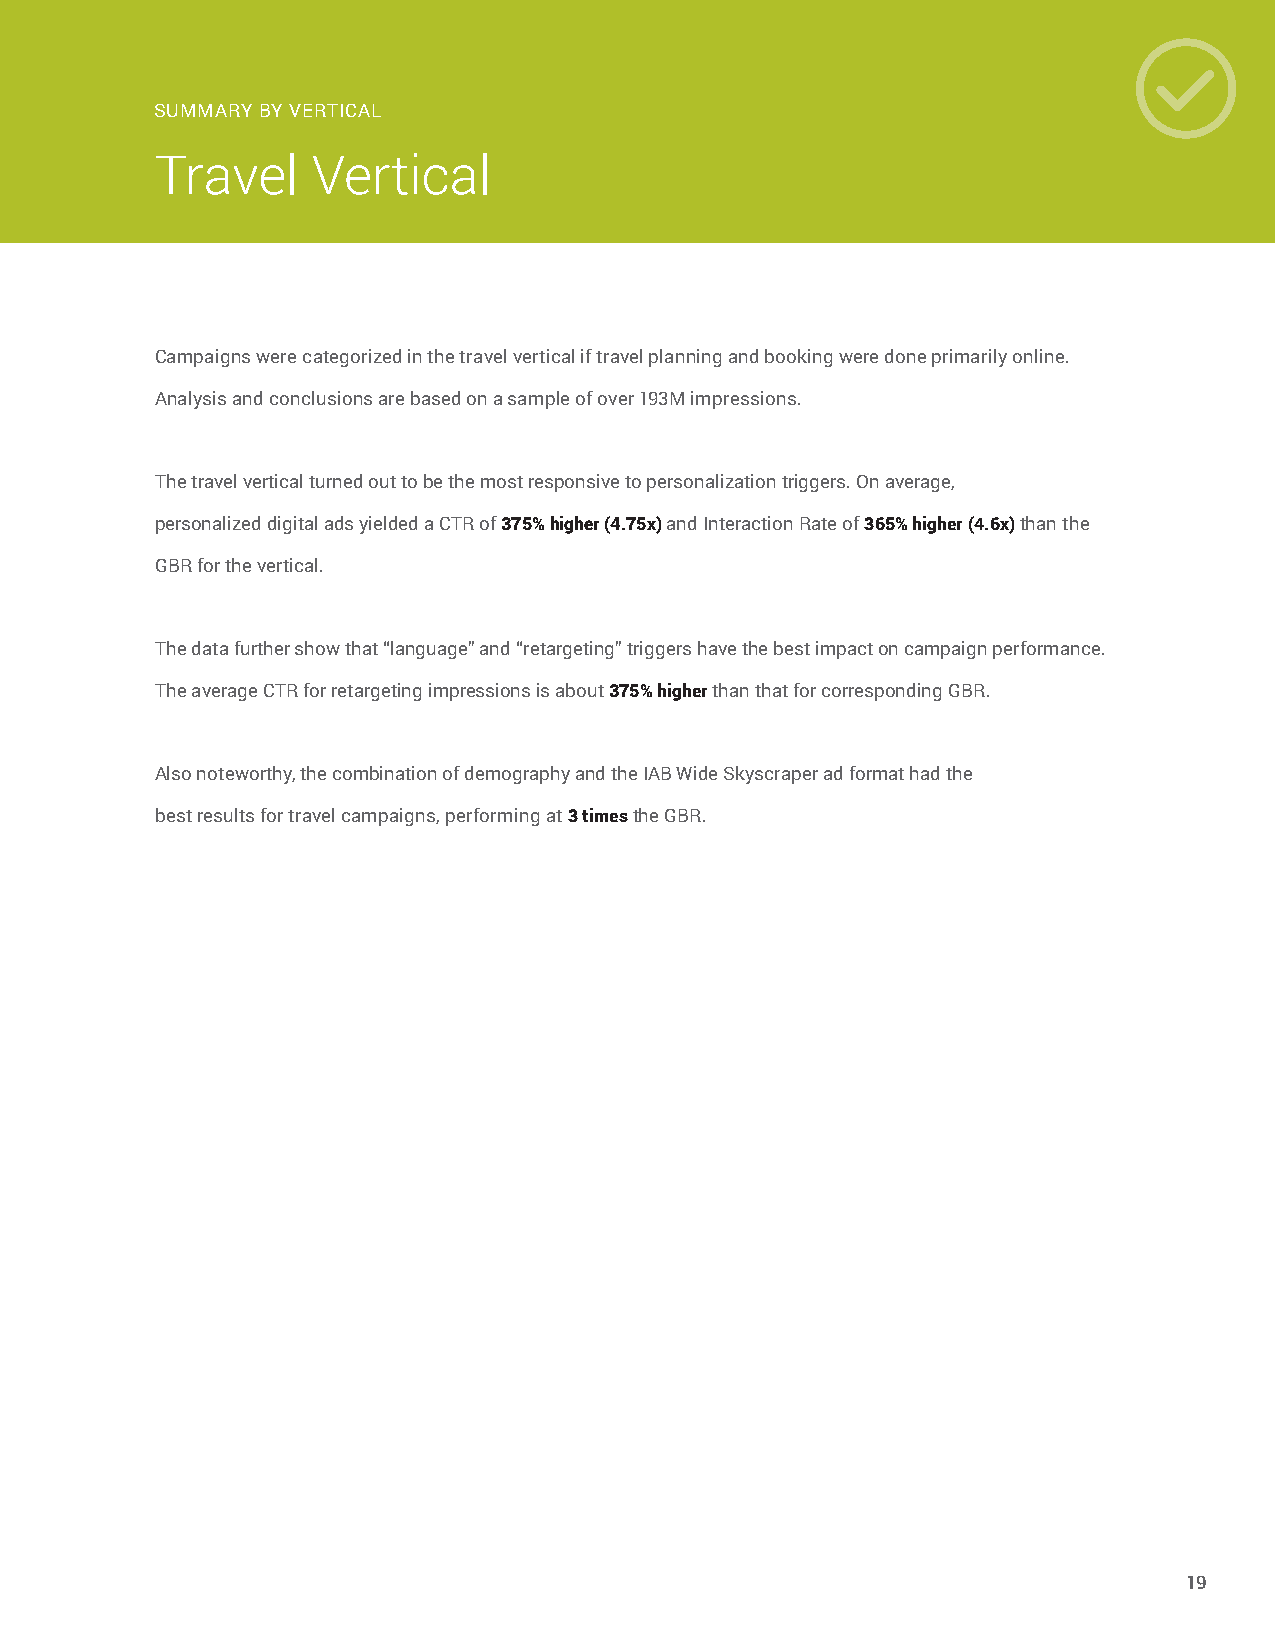
SUMMARY BY VERTICAL
 Travel     Vertical
 Campaigns were categorized in the travel vertical if travel planning and booking were done primarily online.
 Analysis and conclusions are based on a sample of over 193M impressions.
 The travel vertical turned out to be the most responsive to personalization triggers. On average,
 personalized digital ads yielded a CTR of 375% higher (4.75x) and Interaction Rate of 365% higher (4.6x) than the
 GBR for the vertical.
 The data further show that “language” and “retargeting” triggers have the best impact on campaign performance.
 The average CTR for retargeting impressions is about 375% higher than that for corresponding GBR.
 Also noteworthy, the combination of demography and the IAB Wide Skyscraper ad format had the
 best results for travel campaigns, performing at 3 times the GBR.
 19